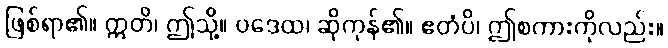
ဖြစ်ရာ၏။ ဣတိ၊ ဤသို့။ ဝဒေထ၊ ဆိုကုန်၏။ ဧတံပိ၊ ဤစကားကိုလည်း။